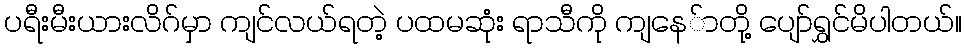
ပရီးမီးယားလိဂ်မှာ ကျင်လယ်ရတဲ့ ပထမဆုံး ရာသီကို ကျနေ်ာတို့ ပျော်ရွှင်မိပါတယ်။